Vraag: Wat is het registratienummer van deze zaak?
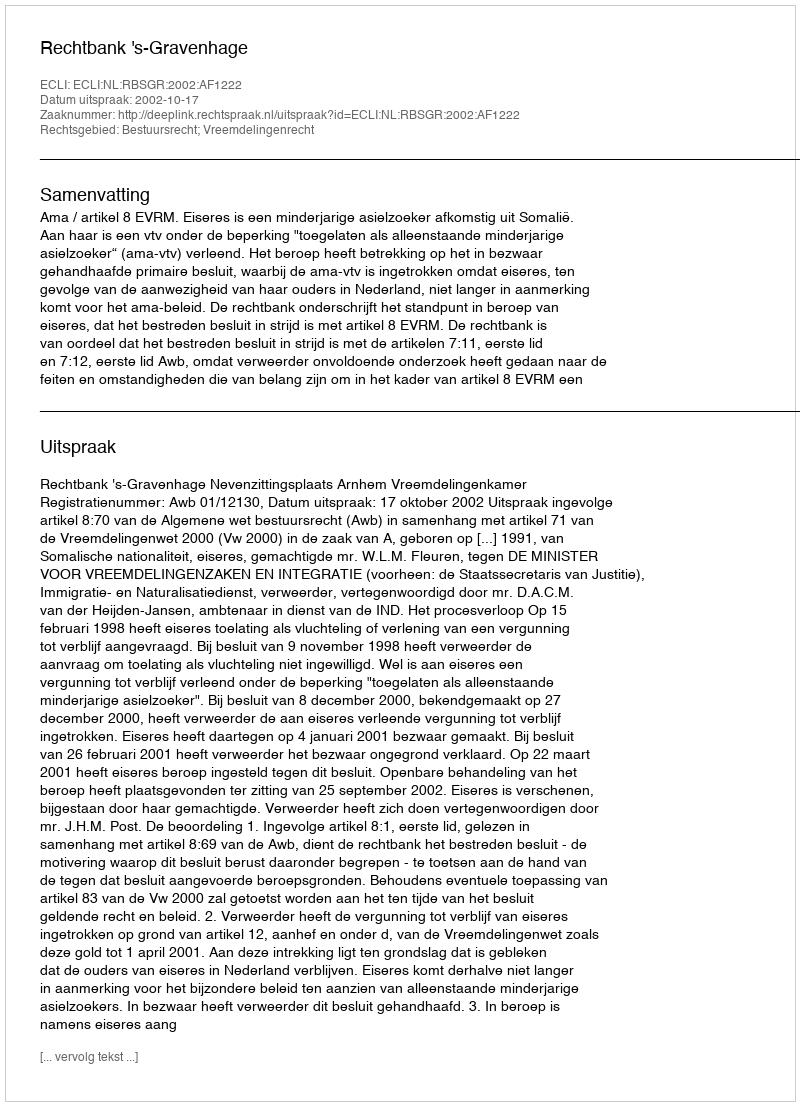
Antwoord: http://deeplink.rechtspraak.nl/uitspraak?id=ECLI:NL:RBSGR:2002:AF1222